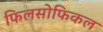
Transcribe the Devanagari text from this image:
फिलसोफिकल